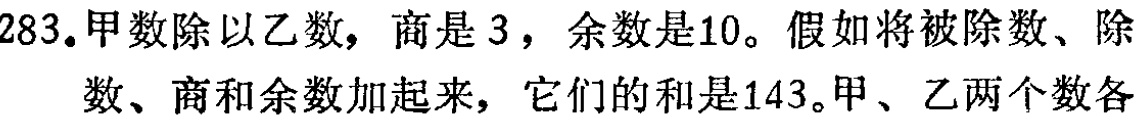
283.甲数除以乙数，商是3，余数是10。假如将被除数、除数、商和余数加起来，它们的和是143。甲、乙两个数各